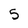
Character: 5